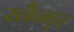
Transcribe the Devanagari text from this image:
खैना्र